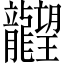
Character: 𪚤